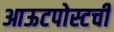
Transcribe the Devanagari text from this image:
आऊटपोस्टची